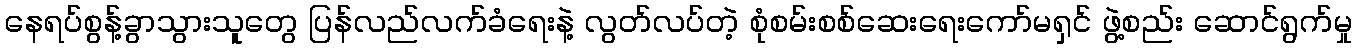
နေရပ်စွန့်ခွာသွားသူတွေ ပြန်လည်လက်ခံရေးနဲ့ လွတ်လပ်တဲ့ စုံစမ်းစစ်ဆေးရေးကော်မရှင် ဖွဲ့စည်း ဆောင်ရွက်မှု